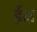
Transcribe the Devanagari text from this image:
ईक्ष